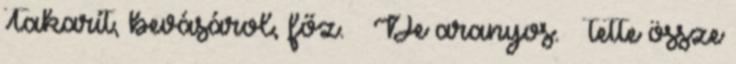
Takarít, bevásárol, főz. – De aranyos. – tette össze